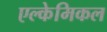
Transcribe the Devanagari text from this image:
एल्केमिकल